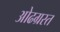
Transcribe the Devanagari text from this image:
ओढग्रस्त